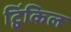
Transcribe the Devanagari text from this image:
ट्विंकिल